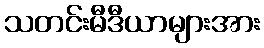
သတင်းမီဒီယာများအား